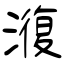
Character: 澓